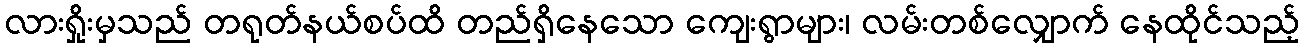
လားရှိုးမှသည် တရုတ်နယ်စပ်ထိ တည်ရှိနေသော ကျေးရွာများ၊ လမ်းတစ်လျှောက် နေထိုင်သည့်